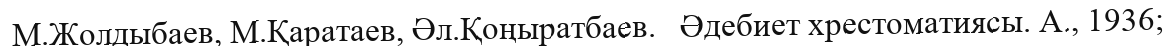
М.Жолдыбаев, М.Қаратаев, Әл.Қоңыратбаев.   Әдебиет хрестоматиясы. А., 1936;